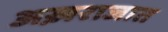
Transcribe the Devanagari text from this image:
अख़राजात